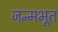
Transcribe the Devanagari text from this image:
जन्मभूत